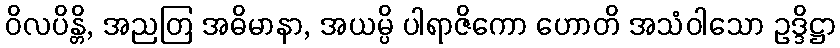
ဝိလပိန္တိ, အညတြ အဓိမာနာ, အယမ္ပိ ပါရာဇိကော ဟောတိ အသံဝါသော ဥဒ္ဒိဋ္ဌာ